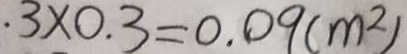
. 3 \times 0 . 3 = 0 . 0 9 ( m ^ { 2 } )